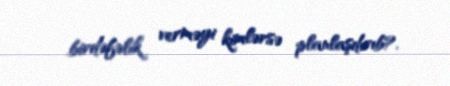
birdəfəlik verməyi kimlərsə planlaşdırıb?.